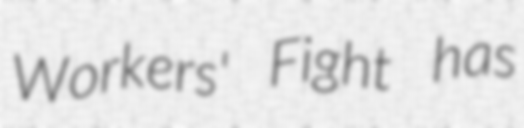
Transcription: Workers' Fight has